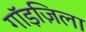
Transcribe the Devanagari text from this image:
गॉड़ज़िला